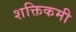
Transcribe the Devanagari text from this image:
शक्तिकमी